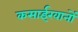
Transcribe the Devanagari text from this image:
कसाईखानों